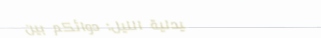
صيدلية النيل: دوائكم بين